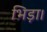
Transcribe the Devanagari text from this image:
भिड़ा।